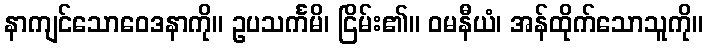
နာကျင်သောဝေဒနာကို။ ဥပသင်္ကမိ၊ ငြိမ်း၏။ ဝမနီယံ၊ အန်ထိုက်သောသူကို။